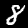
Digit: 8